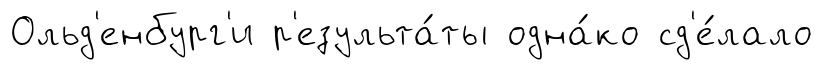
Ольд'енбург'и р'езульта́ты одна́ко сд'е́лало